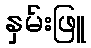
နှမ်းဖြူ